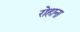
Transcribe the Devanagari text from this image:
रोहाना